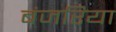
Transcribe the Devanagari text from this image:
बंजरिया